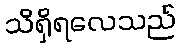
သိရှိရလေသည်